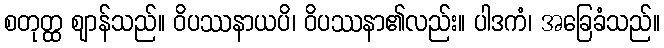
စတုတ္ထ ဈာန်သည်။ ဝိပဿနာယပိ၊ ဝိပဿနာ၏လည်း။ ပါဒကံ၊ အခြေခံသည်။